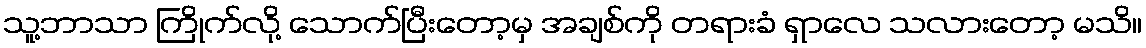
သူ့ဘာသာ ကြိုက်လို့ သောက်ပြီးတော့မှ အချစ်ကို တရားခံ ရှာလေ သလားတော့ မသိ။